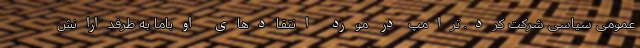
عمومی سیاسی شرکت کرد. ترامپ در مورد انتقادهای اوباما به طرفدارانش